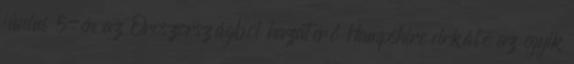
június 5-én az Oroszországból hazatérő Hampshire cirkáló az egyik